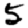
Digit: 5